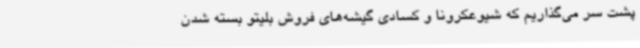
پشت سر می‌گذاریم که شیوعکرونا و کسادی گیشه‌های فروش بلیتو بسته شدن